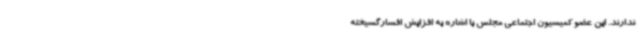
ندارند. این عضو کمیسیون اجتماعی مجلس با اشاره به افزایش افسارگسیخته